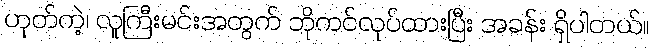
ဟုတ်ကဲ့၊ လူကြီးမင်းအတွက် ဘိုကင်လုပ်ထားပြီး အခန်း ရှိပါတယ်။